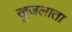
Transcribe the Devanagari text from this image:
खुजलाता